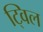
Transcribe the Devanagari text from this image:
ट्विल